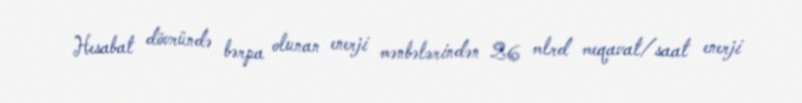
Hesabat dövründə bərpa olunan enerji mənbələrindən 26 mlrd meqavat/saat enerji